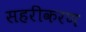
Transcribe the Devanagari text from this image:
सहरीकरण